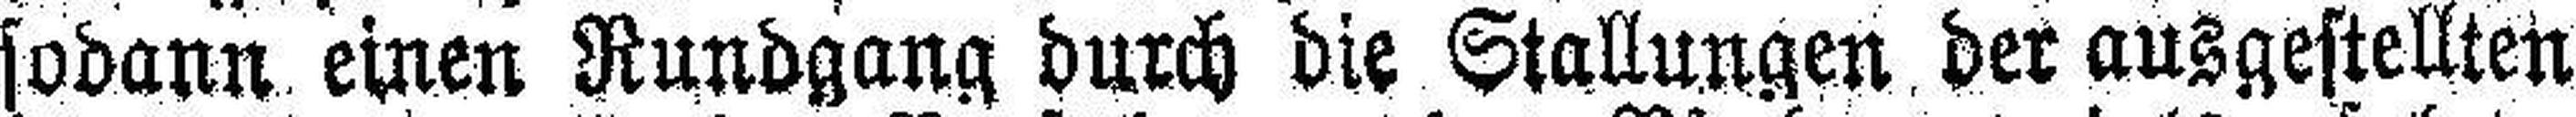
sodann einen Rundgang durch die Stallungen der ausgestellten